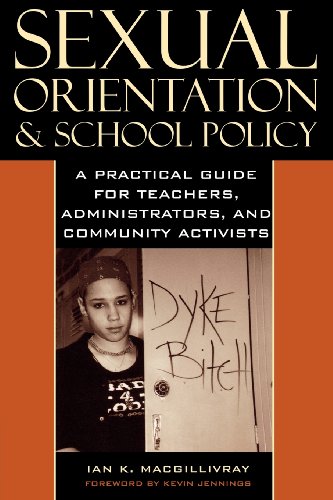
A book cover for Sexual Orientation and School Policy: A Practical Guide for Teachers, Administrators, and Community Activists (Curriculum, Cultures, and (Homo)Sexualities Series); Ian K. Macgillivray; Gay & Lesbian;